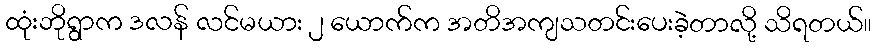
ထုံးဘိုရွာက ဒလန် လင်မယား ၂ ယောက်က အတိအကျသတင်းပေးခဲ့တာလို့ သိရတယ်။